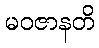
မဝဇာနတိ